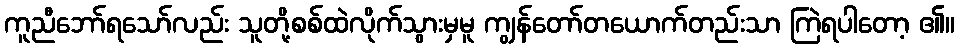
ကူညီဘော်ရသော်လည်း သူတို့စစ်ထဲလိုက်သွားမှမူ ကျွန်တော်တယောက်တည်းသာ ကြဲရပါတော့ ၏။